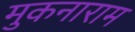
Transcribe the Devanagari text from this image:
मुकनाराम